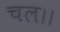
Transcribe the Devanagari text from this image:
चल।।